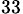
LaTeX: _{33}